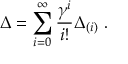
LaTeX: \Delta = \sum _ { i = 0 } ^ { \infty } \frac { \gamma ^ { i } } { i ! } \Delta _ { ( i ) } ~ .